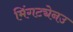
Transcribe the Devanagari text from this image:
मिंगट्येनउ